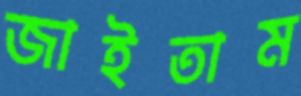
জাইতাম